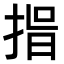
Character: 𭡑